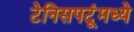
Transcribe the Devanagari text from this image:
टेनिसपटूंमध्ये